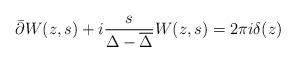
LaTeX: \begin{align*}\bar\partial W(z,s)+i\frac{s}{\Delta -{\overline\Delta}} W(z,s)=2\pi i\delta(z) \end{align*}